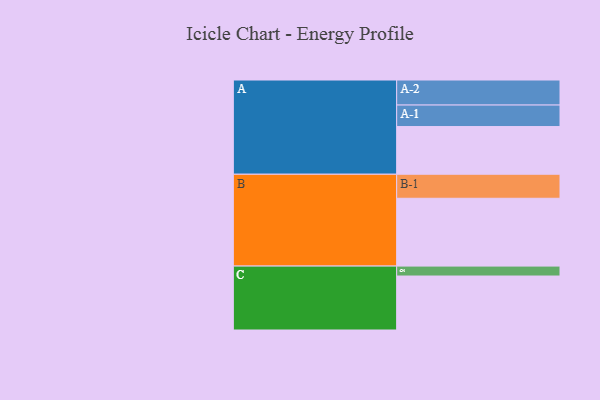
{"axis": {"x": "Segment", "y": "Value"}, "legend": ["", "A", "B", "C"], "data": [{"x": "A", "y": 379, "type": ""}, {"x": "B", "y": 539, "type": ""}, {"x": "C", "y": 429, "type": ""}, {"x": "A-1", "y": 171, "type": "A"}, {"x": "A-2", "y": 199, "type": "A"}, {"x": "B-1", "y": 191, "type": "B"}, {"x": "C-1", "y": 79, "type": "C"}]}